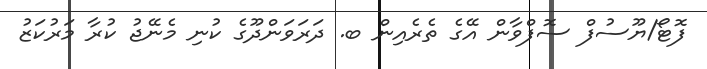
ފޮޓޯ/ޔޫސުފް ސޮފްވާން އޭގެ ތެރެއިން ބ. ދަރަވަންދޫގެ ކުނި މެނޭޖު ކުރާ މަރުކަޒު